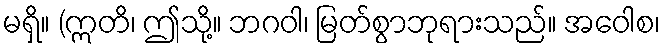
မရှိ။ (ဣတိ၊ ဤသို့။ ဘဂဝါ၊ မြတ်စွာဘုရားသည်။ အဝေါစ၊